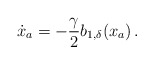
\begin{align*} \dot x_a = -{\gamma \over 2} b_{1,\delta}(x_a)\,. \end{align*}